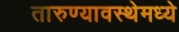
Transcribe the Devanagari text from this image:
तारुण्यावस्थेमध्ये